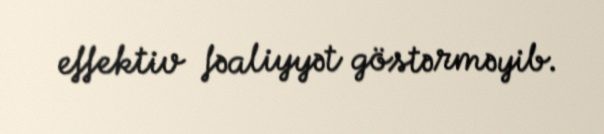
effektiv fəaliyyət göstərməyib.